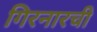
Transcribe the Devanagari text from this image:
गिरनारची